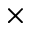
\times